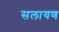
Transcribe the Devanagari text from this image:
सलायण